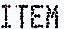
ITEM